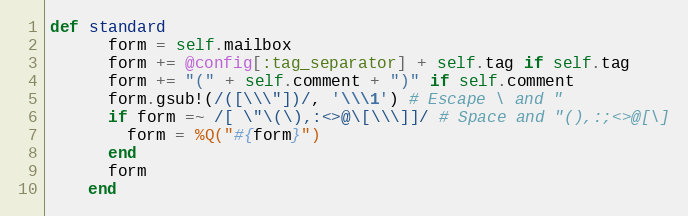
Language: Ruby
def standard
      form = self.mailbox
      form += @config[:tag_separator] + self.tag if self.tag
      form += "(" + self.comment + ")" if self.comment
      form.gsub!(/([\\\"])/, '\\\1') # Escape \ and "
      if form =~ /[ \"\(\),:<>@\[\\\]]/ # Space and "(),:;<>@[\]
        form = %Q("#{form}")
      end
      form
    end